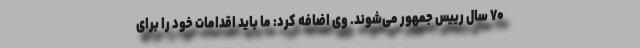
۷۰ سال رییس جمهور می‌شوند. وی اضافه کرد: ما باید اقدامات خود را برای